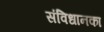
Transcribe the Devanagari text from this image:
संविधानका